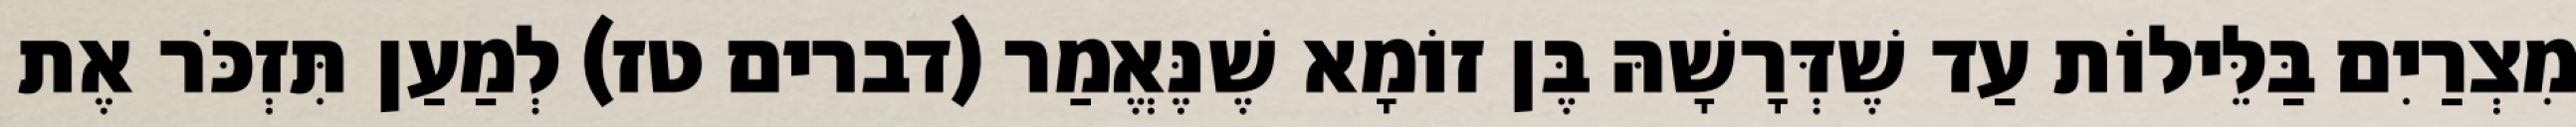
מִצְרַיִם בַּלֵּילוֹת עַד שֶׁדְּרָשָׁהּ בֶּן זוֹמָא שֶׁנֶּאֱמַר (דברים טז) לְמַעַן תִּזְכֹּר אֶת